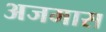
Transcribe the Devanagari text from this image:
अजमास